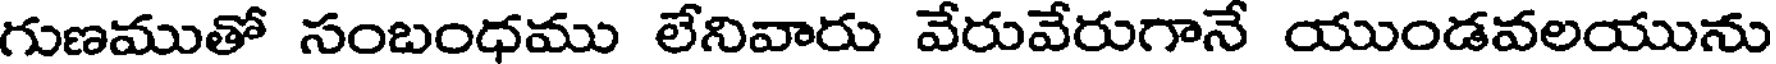
గుణముతో సంబంధము లేనివారు వేరువేరుగానే యుండవలయును